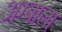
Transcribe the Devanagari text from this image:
अग्बाला